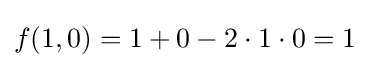
f(1,0)=1+0-2\cdot 1\cdot 0=1